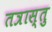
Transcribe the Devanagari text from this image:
तत्रास्तु